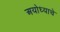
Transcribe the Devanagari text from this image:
अयोध्याचे